Annual report of the Camel Specialist
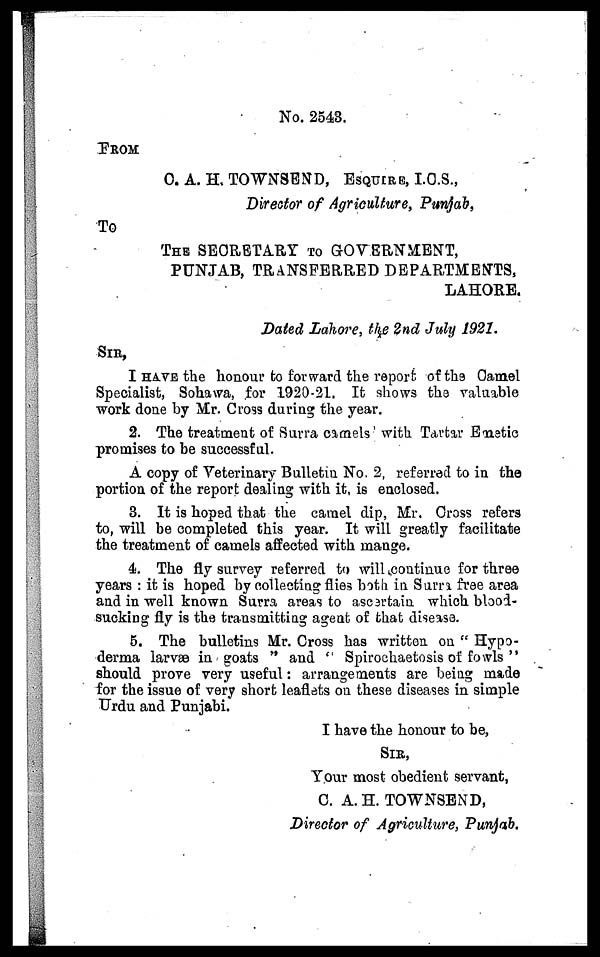
No. 2543.
FROM
C. A. H. TOWNSEND, ESQUIRE, I.C.S.,
Director of Agriculture, Punjab,
To
THE SECRETARY TO GOVERNMENT,
PUNJAB, TRANSFERRED DEPARTMENTS,
LAHORE.
Dated Lahore, the 2nd July 1921.
SIR,
I HAVE the honour to forward the report of the Camel
Specialist, Sohawa, for 1920-21. It shows the valuable
work done by Mr. Cross during the year.
2. The treatment of Surra camels with Tartar Emetic
promises to be successful.
A copy of Veterinary Bulletin No. 2, referred to in the
portion of the report dealing with it, is enclosed.
3. It is hoped that the camel dip, Mr. Cross refers
to, will be completed this year. It will greatly facilitate
the treatment of camels affected with mange.
4. The fly survey referred to will continue for three
years : it is hoped by collecting flies both in Surra free area
and in well known Surra areas to ascertain which blood-
sucking fly is the transmitting agent of that disease.
5. The bulletins Mr. Cross has written on " Hypo-
derma larvæ in goats " and " Spirochaetosis of fowls "
should prove very useful: arrangements are being made
for the issue of very short leaflets on these diseases in simple
Urdu and Punjabi.
I have the honour to be,
SIR,
Your most obedient servant,
C. A. H. TOWNSEND,
Director of Agriculture, Punjab.